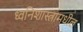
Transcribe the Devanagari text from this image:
ध्वनिशास्त्रामधील